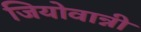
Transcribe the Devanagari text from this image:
जियोवान्नी